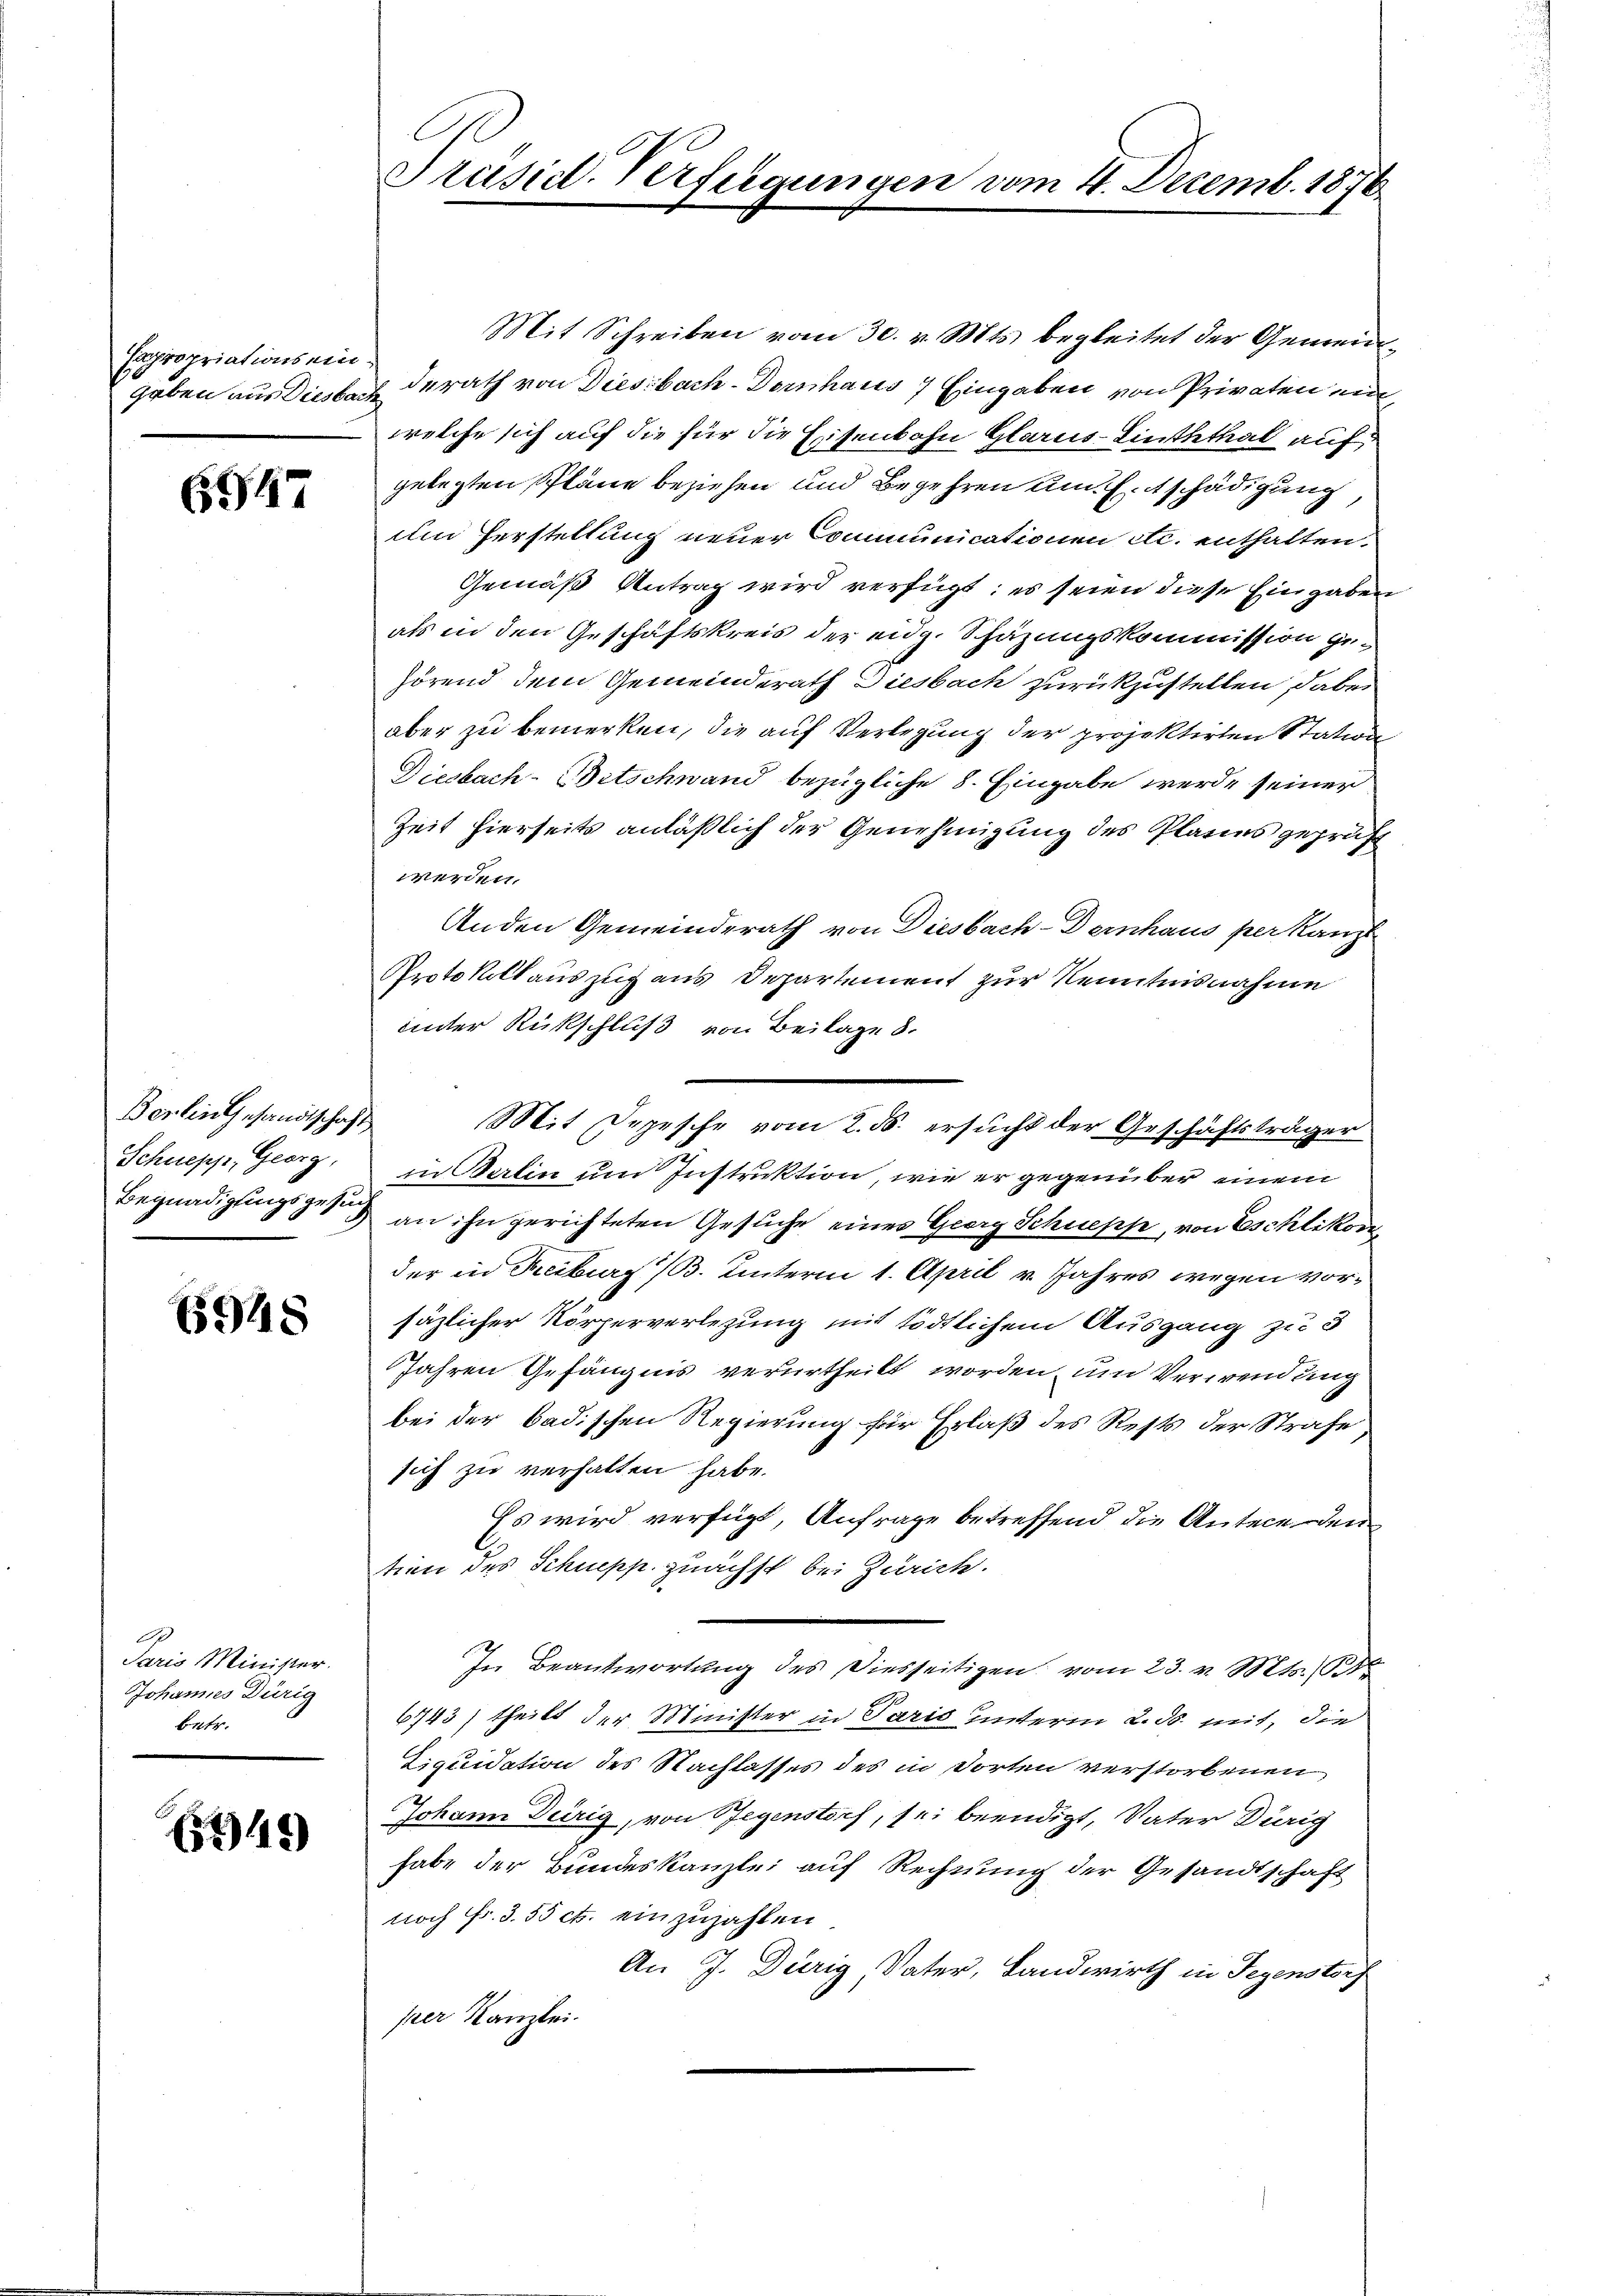
Hapropriations ein¬

6547

Berlin Gesandtschaft
Schnepp, Georg,

6948

Paris Minister.
Johannes Dürig
betr.

5249)

.
Präsid. Verfügungen vom 4. Decemb. 1876.

Mit Schreiben vom 30. v. Mts. begleitet der Gemeingaben aus diesbach derath von Diesbach. Dornhaus 7 Eingaben von Privaten ein
welche sich auf die für die Eisenbahn Glarus-Linththal auf
gelegten Pläne beziehen und Begehren am Entschädigung
Am Herstellung neuer Communicationen etc. enthalten,
Gemäß Antrag wird verfügt: es seien diese Eingaben
als in den Geschäftskreis der eidg. Schazungskommission gehörend dem Gemeinderath Diesbach zurückzustellen, dabei
aber zu bemerken, die auf Verlegung der projektirten Station
Diesbach-Bitschwand bezügliche 8. Eingabe werde seiner
Zeit hierseits anläßlich der Genehmigung des Planes geprüft
werden.
Anden Gemeinderath von Diesbach - Dernhaus per kanzl
Protokollauszug aus Departement zur Kenntnisnahme
unter Rückschluß von Beilage 8.
in Berlin um Instruktion, wie er gegenüber einem
Begnadigungsgesung an ihn gerichteten Gesŭche einer Georg Schneppe, von Eschlikon
der in Freiburg (B. Hinterm 1. April v. Jahres wegen vorsäzlicher Körperverlegung mit tödtlichem Ausgang zu 3
Jahren Gefängnis verurtheilt worden, und Verwendung
bei der badischen Regierung für Erlaß des Rests der Strafe
sich zu verhalten habe.
Es wird verfügt, Anfrage betreffend die Anteceden
tion des Schnepp. zuächst bei Zürich.
In Beantwortung des Diesseitigen vom 23. v. Mts.
6743) theilt der Minister in Paris unterm 2. ds. mit, die
Liquidation des Nachlasses des in dorten verstorbenen
Johann Dürig, von Regenstorf, sei beendigt, Vater Dürig
habe der Bundeskanzlei auf Rechnung der Gesandtschaft
noch Fr. 355 ct. einzuzahlen
An J. Dürig Vater, Landwirth in Gegenstorf
per Kanzlei.

Mit Depesche vom 2. ds. ersucht der Geschäftsträger